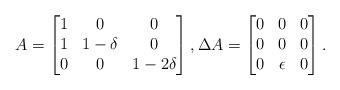
LaTeX: \begin{align*}A = \left[\begin{matrix} 1 & 0 & 0 \\ 1 & 1-\delta & 0 \\ 0 & 0 & 1-2\delta \end{matrix} \right], \Delta A = \left[\begin{matrix}0 & 0 & 0 \\0 & 0 & 0 \\ 0 & \epsilon & 0 \end{matrix} \right]. \end{align*}